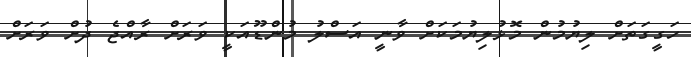
ހަގީގަތަށް ލިޔުމުން މޮޅުލިޔުމަކަށް ވާނީ އަސްލު މުންޑޫއަކީ ވަރަށް ރާއްޖެ ދުށް ވަރަށް